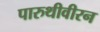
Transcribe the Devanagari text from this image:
पारुथीवीरन